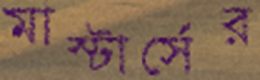
মাস্টার্সের